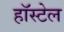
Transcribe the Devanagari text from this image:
हॉस्टेल